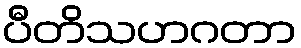
ပီတိသဟဂတာ